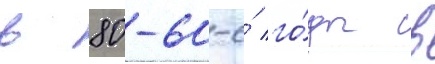
в 80-60-е́ го́ды в